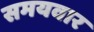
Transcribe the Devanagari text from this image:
समयवार